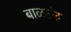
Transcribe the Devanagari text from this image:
बाळछंद